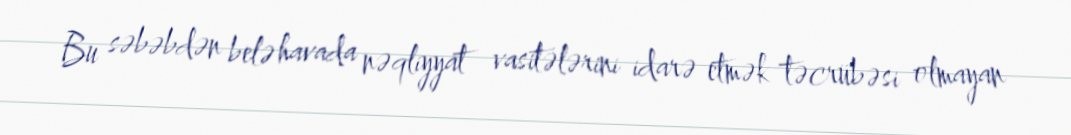
Bu səbəbdən belə havada nəqliyyat vasitələrini idarə etmək təcrübəsi olmayan